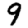
Digit: 9